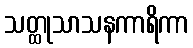
သတ္ထုသာသနကာရိကာ